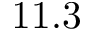
1 1 . 3